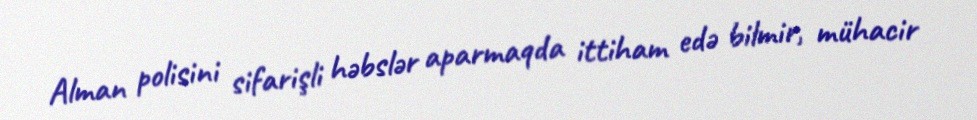
Alman polisini sifarişli həbslər aparmaqda ittiham edə bilmir, mühacir